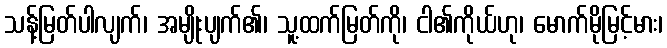
သန့်မြတ်ပါလျက်၊ အမျိုးပျက်၏၊ သူ့ထက်မြတ်ကို၊ ငါ၏ကိုယ်ဟု၊ မောက်မိုမြင့်မား၊